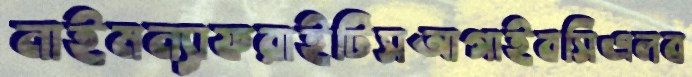
নাইমন্যাফরাইটিসআগাইবসিএলব